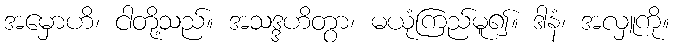
အမှောဟိ၊ ငါတို့သည်။ အသဒ္ဒဟိတွာ၊ မယုံကြည်မူ၍။ ဒါနံ၊ အလှူကို။